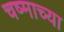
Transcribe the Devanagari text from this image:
चष्माच्या